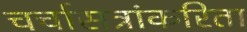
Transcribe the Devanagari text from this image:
चर्चासत्रांकरिता